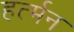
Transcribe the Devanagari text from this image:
हर्त्मन